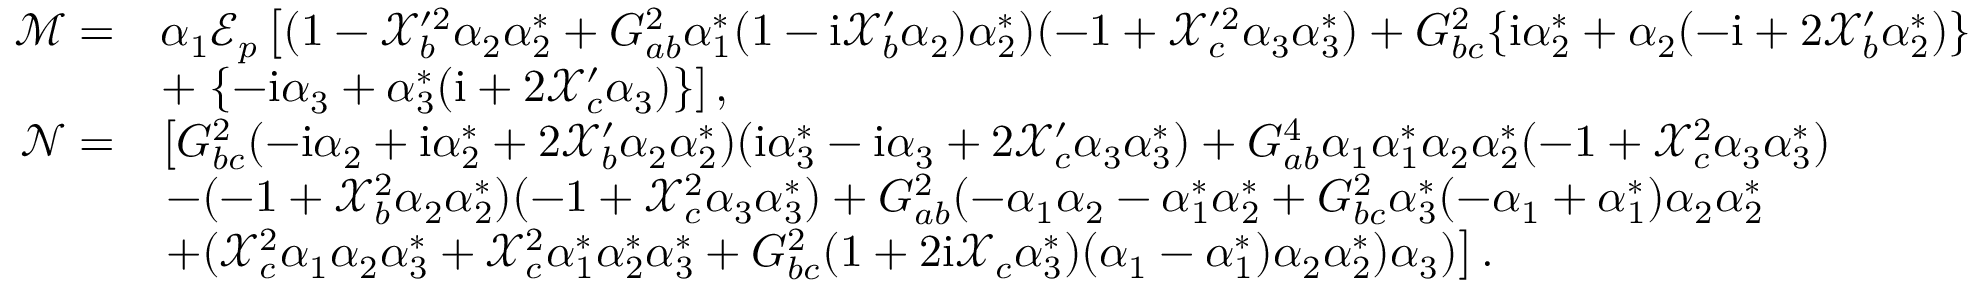
\begin{array} { r l } { \mathcal { M } = } & { \alpha _ { 1 } \mathcal { E } _ { p } \left[ ( 1 - \mathcal { X } _ { b } ^ { \prime 2 } \alpha _ { 2 } \alpha _ { 2 } ^ { * } + G _ { a b } ^ { 2 } \alpha _ { 1 } ^ { * } ( 1 - \mathrm { i } \mathcal { X } _ { b } ^ { \prime } \alpha _ { 2 } ) \alpha _ { 2 } ^ { * } ) ( - 1 + \mathcal { X } _ { c } ^ { \prime 2 } \alpha _ { 3 } \alpha _ { 3 } ^ { * } ) + G _ { b c } ^ { 2 } \{ \mathrm { i } \alpha _ { 2 } ^ { * } + \alpha _ { 2 } ( - \mathrm { i } + 2 \mathcal { X } _ { b } ^ { \prime } \alpha _ { 2 } ^ { * } ) \} \right. } \\ & { + \left. \{ - \mathrm { i } \alpha _ { 3 } + \alpha _ { 3 } ^ { * } ( \mathrm { i } + 2 \mathcal { X } _ { c } ^ { \prime } \alpha _ { 3 } ) \} \right] , } \\ { \mathcal { N } = } & { \left[ G _ { b c } ^ { 2 } ( - \mathrm { i } \alpha _ { 2 } + \mathrm { i } \alpha _ { 2 } ^ { * } + 2 \mathcal { X } _ { b } ^ { \prime } \alpha _ { 2 } \alpha _ { 2 } ^ { * } ) ( \mathrm { i } \alpha _ { 3 } ^ { * } - \mathrm { i } \alpha _ { 3 } + 2 \mathcal { X } _ { c } ^ { \prime } \alpha _ { 3 } \alpha _ { 3 } ^ { * } ) + G _ { a b } ^ { 4 } \alpha _ { 1 } \alpha _ { 1 } ^ { * } \alpha _ { 2 } \alpha _ { 2 } ^ { * } ( - 1 + \mathcal { X } _ { c } ^ { 2 } \alpha _ { 3 } \alpha _ { 3 } ^ { * } ) \right. } \\ & { \left. - ( - 1 + \mathcal { X } _ { b } ^ { 2 } \alpha _ { 2 } \alpha _ { 2 } ^ { * } ) ( - 1 + \mathcal { X } _ { c } ^ { 2 } \alpha _ { 3 } \alpha _ { 3 } ^ { * } ) + G _ { a b } ^ { 2 } ( - \alpha _ { 1 } \alpha _ { 2 } - \alpha _ { 1 } ^ { * } \alpha _ { 2 } ^ { * } + G _ { b c } ^ { 2 } \alpha _ { 3 } ^ { * } ( - \alpha _ { 1 } + \alpha _ { 1 } ^ { * } ) \alpha _ { 2 } \alpha _ { 2 } ^ { * } \right. } \\ & { \left. + ( \mathcal { X } _ { c } ^ { 2 } \alpha _ { 1 } \alpha _ { 2 } \alpha _ { 3 } ^ { * } + \mathcal { X } _ { c } ^ { 2 } \alpha _ { 1 } ^ { * } \alpha _ { 2 } ^ { * } \alpha _ { 3 } ^ { * } + G _ { b c } ^ { 2 } ( 1 + 2 \mathrm { i } \mathcal { X } _ { c } \alpha _ { 3 } ^ { * } ) ( \alpha _ { 1 } - \alpha _ { 1 } ^ { * } ) \alpha _ { 2 } \alpha _ { 2 } ^ { * } ) \alpha _ { 3 } ) \right] . } \end{array}